Indian journal of veterinary science and animal husbandry - Volume 12,
Year: 1942
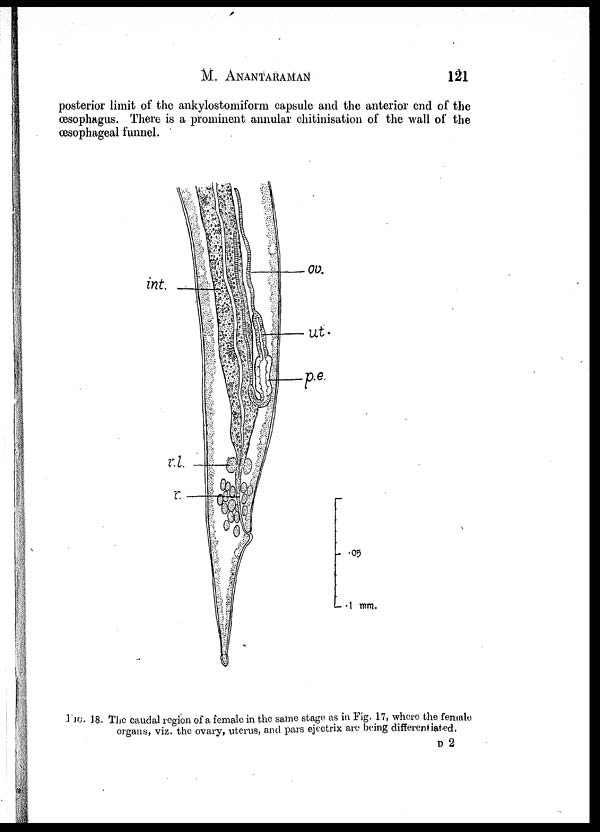
M. ANANTARAMAN
121
posterior limit of the ankylostomiform capsule and the anterior end of the
œsophagus. There is a prominent annular chitinisation of the wall of the
œsophageal funnel.
FIG. 18. The caudal region of a female in the same stage as in Fig. 17, where the female
organs, viz. the ovary, uterus, and pars ejectrix are being differentiated.
D 2